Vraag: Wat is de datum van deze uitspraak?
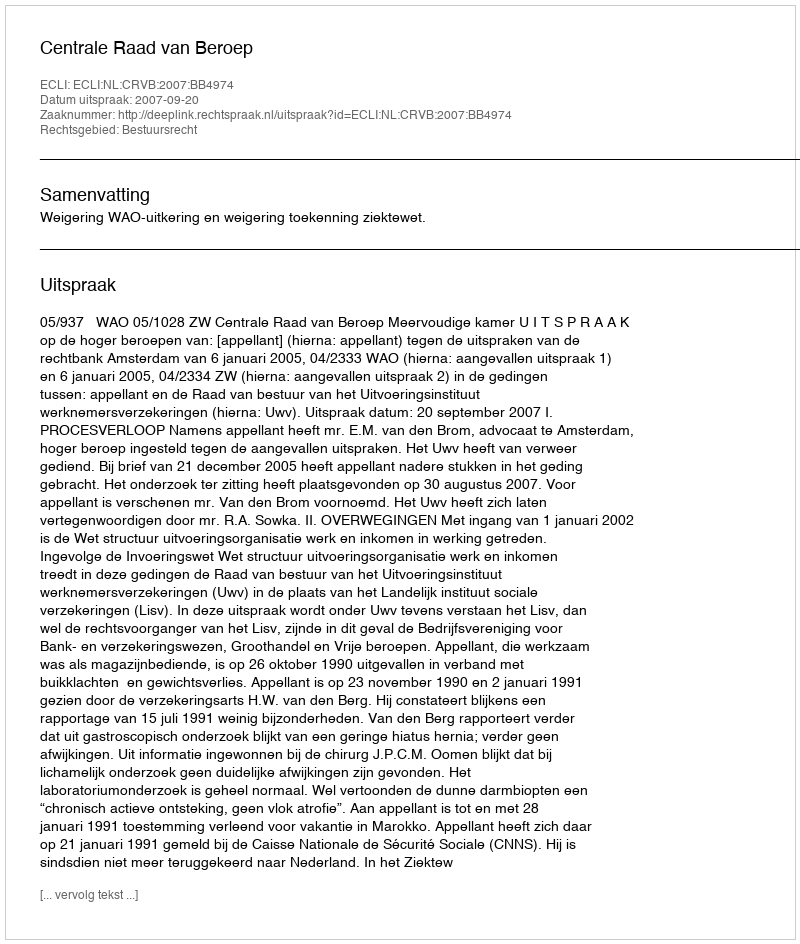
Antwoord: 2007-09-20